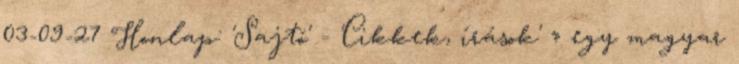
03-09-27 Honlap: 'Sajtó' - 'Cikkek, írások' » egy magyar